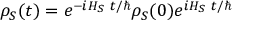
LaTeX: \rho _ { S } ( t ) = e ^ { - i H _ { S } ~ t / \hbar } \rho _ { S } ( 0 ) e ^ { i H _ { S } ~ t / \hbar }